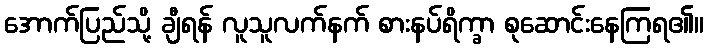
အောက်ပြည်သို့ ချီရန် လူသူလက်နက် စားနပ်ရိက္ခာ စုဆောင်းနေကြရ၏။